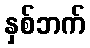
နှစ်ဘက်